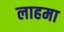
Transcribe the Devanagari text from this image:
लाहमा